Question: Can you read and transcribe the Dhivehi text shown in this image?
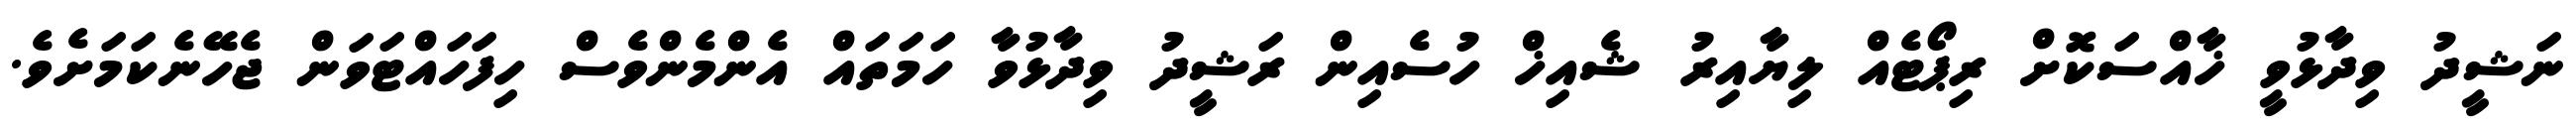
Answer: ނަޝީދު ވިދާޅުވީ ޚާއްސަކޮށް ރިޕޯޓެއް ލިޔާއިރު ޝެއިޚް ހުސެއިން ރަޝީދު ވިދާޅުވާ ހަމަތައް އެންމެންވެސް ހިފަހައްޓަވަން ޖެހޭނެކަމަށެވެ.